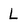
Character: L